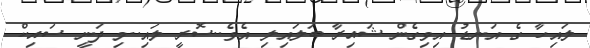
ލައިހާ ގެ އަނޑު އިވިގެން ޝައިރާ ބަލައިލި އެވެ..ސޮރީ ލައި..މި ދަނީ ސައިކް